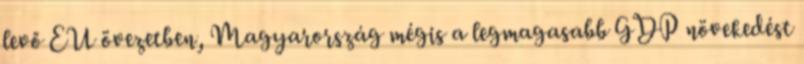
levő EU övezetben, Magyarország mégis a legmagasabb GDP növekedést